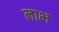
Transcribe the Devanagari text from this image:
लाभ्‍ा